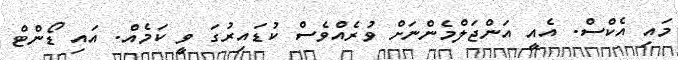
މައި އެކްސް. އެއީ އަންޖަލްމެންނަށް ވުރެއްވެސް ކުޑައިރުގަ ވީ ކަމެއް. އައި ޑޯންޓް